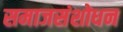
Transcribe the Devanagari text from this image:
समाजसंशोधन